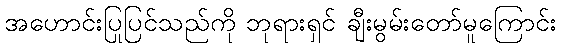
အဟောင်းပြုပြင်သည်ကို ဘုရားရှင် ချီးမွမ်းတော်မူကြောင်း